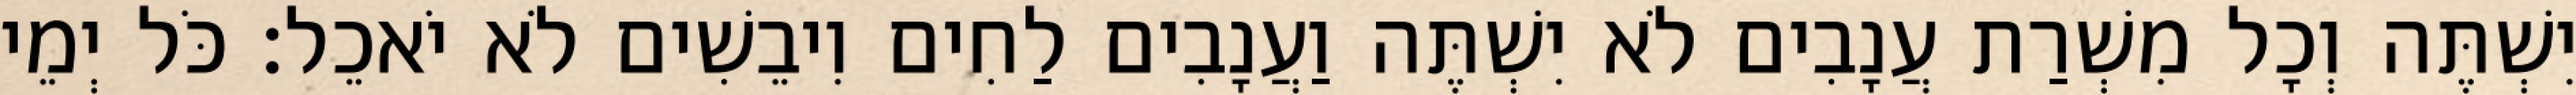
יִשְׁתֶּה וְכָל מִשְׁרַת עֲנָבִים לֹא יִשְׁתֶּה וַעֲנָבִים לַחִים וִיבֵשִׁים לֹא יֹאכֵל׃ כֹּל יְמֵי